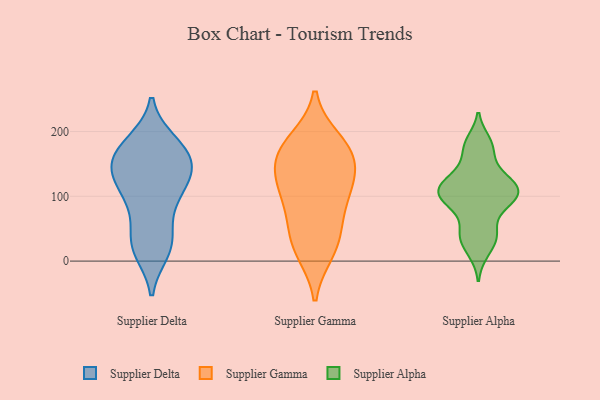
{"axis": {"x": "Humidity (%)", "y": "Value"}, "legend": ["Supplier Alpha", "Supplier Delta", "Supplier Gamma"], "data": [{"x": "", "y": 143, "type": "Supplier Delta"}, {"x": "", "y": 179, "type": "Supplier Delta"}, {"x": "", "y": 184, "type": "Supplier Delta"}, {"x": "", "y": 34, "type": "Supplier Delta"}, {"x": "", "y": 181, "type": "Supplier Delta"}, {"x": "", "y": 151, "type": "Supplier Delta"}, {"x": "", "y": 15, "type": "Supplier Delta"}, {"x": "", "y": 81, "type": "Supplier Delta"}, {"x": "", "y": 39, "type": "Supplier Delta"}, {"x": "", "y": 15, "type": "Supplier Delta"}, {"x": "", "y": 136, "type": "Supplier Delta"}, {"x": "", "y": 104, "type": "Supplier Delta"}, {"x": "", "y": 170, "type": "Supplier Delta"}, {"x": "", "y": 101, "type": "Supplier Delta"}, {"x": "", "y": 26, "type": "Supplier Delta"}, {"x": "", "y": 164, "type": "Supplier Delta"}, {"x": "", "y": 100, "type": "Supplier Delta"}, {"x": "", "y": 140, "type": "Supplier Delta"}, {"x": "", "y": 139, "type": "Supplier Delta"}, {"x": "", "y": 133, "type": "Supplier Delta"}, {"x": "", "y": 139, "type": "Supplier Gamma"}, {"x": "", "y": 88, "type": "Supplier Gamma"}, {"x": "", "y": 167, "type": "Supplier Gamma"}, {"x": "", "y": 68, "type": "Supplier Gamma"}, {"x": "", "y": 37, "type": "Supplier Gamma"}, {"x": "", "y": 186, "type": "Supplier Gamma"}, {"x": "", "y": 174, "type": "Supplier Gamma"}, {"x": "", "y": 22, "type": "Supplier Gamma"}, {"x": "", "y": 109, "type": "Supplier Gamma"}, {"x": "", "y": 118, "type": "Supplier Gamma"}, {"x": "", "y": 171, "type": "Supplier Gamma"}, {"x": "", "y": 135, "type": "Supplier Gamma"}, {"x": "", "y": 15, "type": "Supplier Gamma"}, {"x": "", "y": 116, "type": "Supplier Alpha"}, {"x": "", "y": 42, "type": "Supplier Alpha"}, {"x": "", "y": 112, "type": "Supplier Alpha"}, {"x": "", "y": 179, "type": "Supplier Alpha"}, {"x": "", "y": 91, "type": "Supplier Alpha"}, {"x": "", "y": 83, "type": "Supplier Alpha"}, {"x": "", "y": 160, "type": "Supplier Alpha"}, {"x": "", "y": 185, "type": "Supplier Alpha"}, {"x": "", "y": 115, "type": "Supplier Alpha"}, {"x": "", "y": 36, "type": "Supplier Alpha"}, {"x": "", "y": 13, "type": "Supplier Alpha"}, {"x": "", "y": 117, "type": "Supplier Alpha"}, {"x": "", "y": 93, "type": "Supplier Alpha"}, {"x": "", "y": 115, "type": "Supplier Alpha"}, {"x": "", "y": 43, "type": "Supplier Alpha"}, {"x": "", "y": 93, "type": "Supplier Alpha"}, {"x": "", "y": 137, "type": "Supplier Alpha"}]}